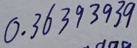
0 . 3 6 3 9 3 9 3 9